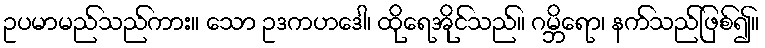
ဥပမာမည်သည်ကား။ သော ဥဒကဟဒေါ၊ ထိုရေအိုင်သည်။ ဂမ္ဘိရော၊ နက်သည်ဖြစ်၍။